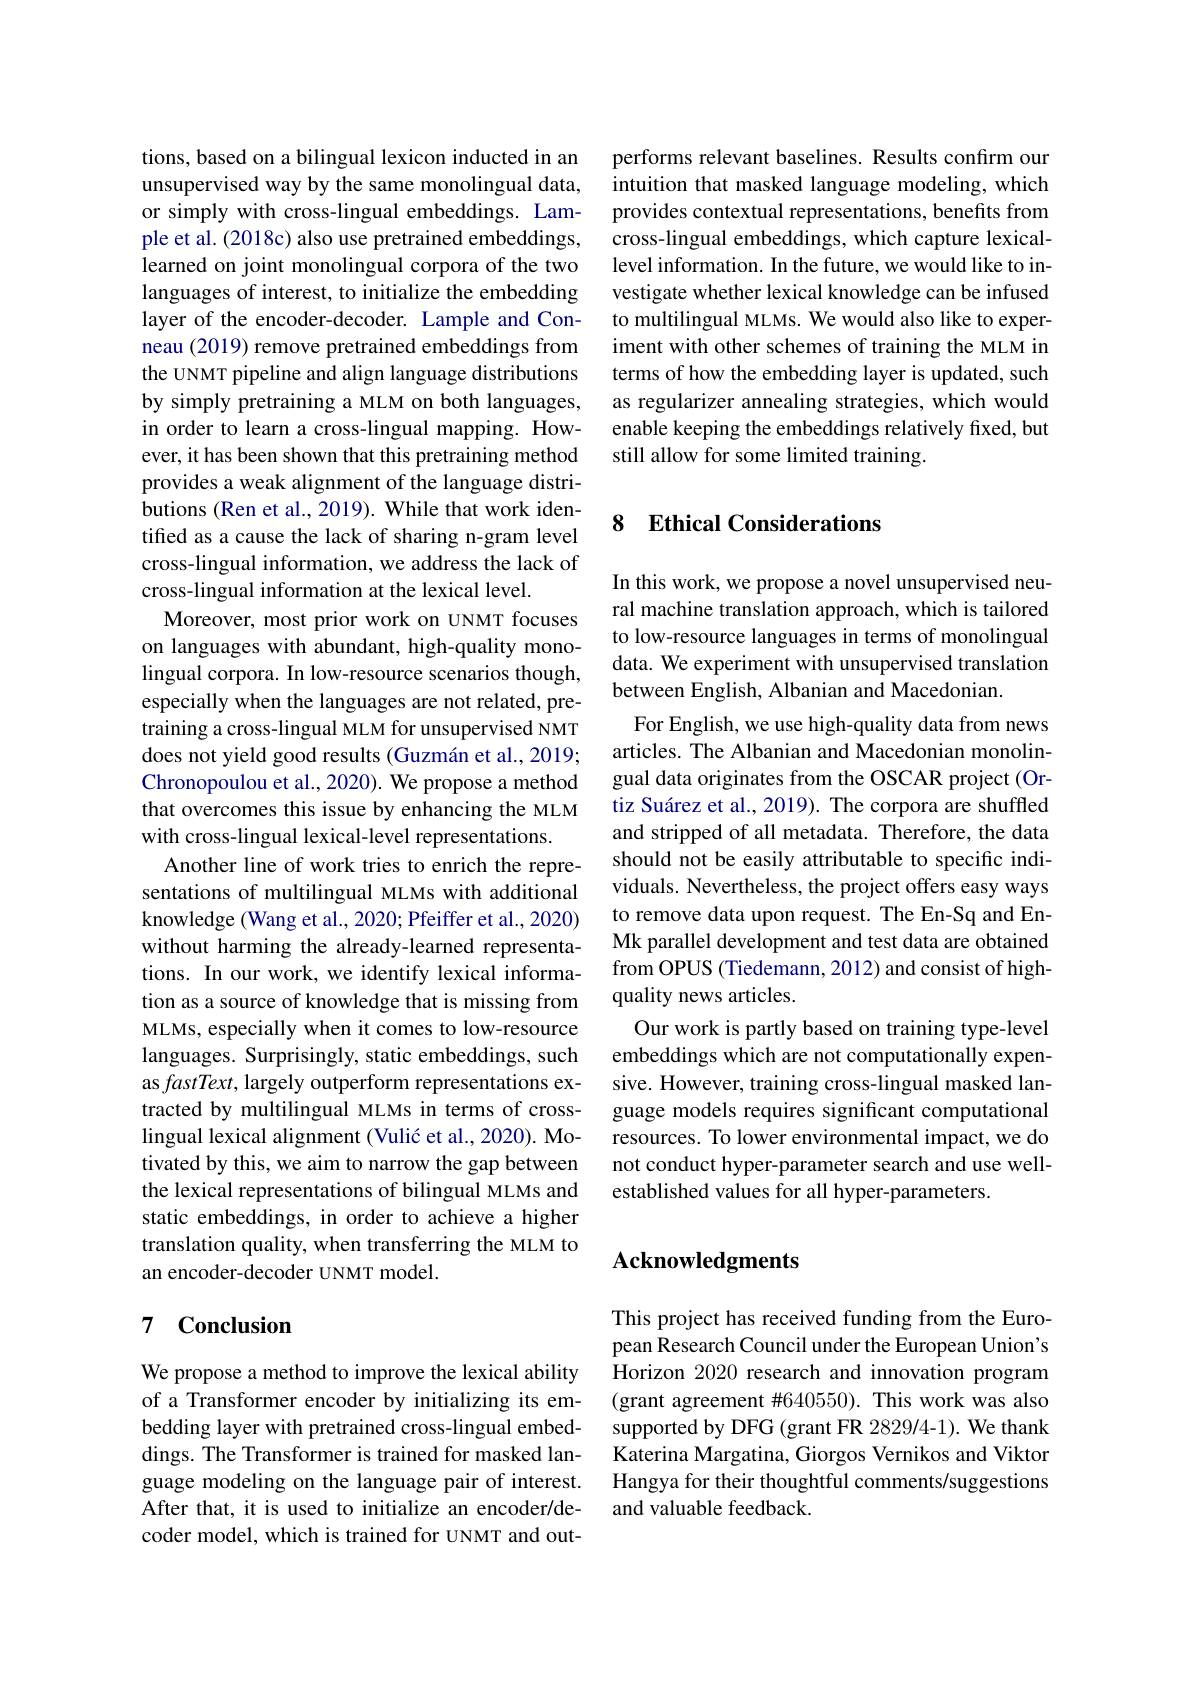
tions, based on a bilingual lexicon inducted in an unsupervised way by the same monolingual data, or simply with cross-lingual embeddings. Lample et al. (2018c) also use pretrained embeddings, learned on joint monolingual corpora of the two languages of interest, to initialize the embedding layer of the encoder-decoder. Lample and Conneau (2019) remove pretrained embeddings from the UNMT pipeline and align language distributions by simply pretraining a MLM on both languages, in order to learn a cross-lingual mapping. However, it has been shown that this pretraining method provides a weak alignment of the language distributions (Ren et al., 2019). While that work identified as a cause the lack of sharing n-gram level cross-lingual information, we address the lack of cross-lingual information at the lexical level.
Moreover, most prior work on UNMT focuses on languages with abundant, high-quality monolingual corpora. In low-resource scenarios though, especially when the languages are not related, pretraining a cross-lingual MLM for unsupervised NMT does not yield good results (Guzmán et al., 2019; Chronopoulou et al., 2020). We propose a method that overcomes this issue by enhancing the MLM with cross-lingual lexical-level representations.
Another line of work tries to enrich the representations of multilingual MLMs with additional knowledge (Wang et al., 2020; Pfeiffer et al., 2020) without harming the already-learned representations. In our work, we identify lexical information as a source of knowledge that is missing from MLMs, especially when it comes to low-resource languages. Surprisingly, static embeddings, such as fastText, largely outperform representations extracted by multilingual MLMs in terms of crosslingual lexical alignment (Vulić et al., 2020). Motivated by this, we aim to narrow the gap between the lexical representations of bilingual MLMs and static embeddings, in order to achieve a higher translation quality, when transferring the MLM to an encoder-decoder UNMT model.

## 7 Conclusion

We propose a method to improve the lexical ability of a Transformer encoder by initializing its embedding layer with pretrained cross-lingual embeddings. The Transformer is trained for masked language modeling on the language pair of interest. After that, it is used to initialize an encoder/decoder model, which is trained for UNMT and out-

performs relevant baselines. Results confirm our intuition that masked language modeling, which provides contextual representations, benefits from cross-lingual embeddings, which capture lexicallevel information. In the future, we would like to investigate whether lexical knowledge can be infused to multilingual MLMs. We would also like to experiment with other schemes of training the MLM in terms of how the embedding layer is updated, such as regularizer annealing strategies, which would enable keeping the embeddings relatively fixed, but still allow for some limited training.

## 8 $\textbf{Ethical Considerations}$

In this work, we propose a novel unsupervised neural machine translation approach, which is tailored to low-resource languages in terms of monolingual data. We experiment with unsupervised translation between English, Albanian and Macedonian.
For English, we use high-quality data from news articles. The Albanian and Macedonian monolingual data originates from the OSCAR project (Ortiz Suárez et al., 2019). The corpora are shuffled and stripped of all metadata. Therefore, the data should not be easily attributable to specific individuals. Nevertheless, the project offers easy ways to remove data upon request. The En-Sq and EnMk parallel development and test data are obtained from OPUS (Tiedemann, 2012) and consist of highquality news articles.
Our work is partly based on training type-level embeddings which are not computationally expensive. However, training cross-lingual masked language models requires significant computational resources. To lower environmental impact, we do not conduct hyper-parameter search and use wellestablished values for all hyper-parameters.

## Acknowledgments

This project has received funding from the European Research Council under the European Union's Horizon 2020 research and innovation program (grant agreement #640550). This work was also supported by DFG (grant FR 2829/4-1). We thank Katerina Margatina, Giorgos Vernikos and Viktor Hangya for their thoughtful comments/suggestions and valuable feedback